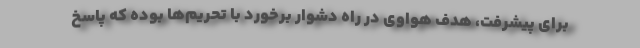
برای پیشرفت، هدف هواوی در راه دشوار برخورد با تحریم‌ها بوده که پاسخ